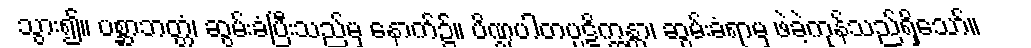
သွား၍။ ပစ္ဆာဘတ္တံ၊ ဆွမ်းခံပြီးသည်မှ နောက်၌။ ပိဏ္ဍပါတပ္ပဋိက္ကန္တာ၊ ဆွမ်းခံရာမှ ဖဲခဲ့ကုန်သည်ရှိသော်။